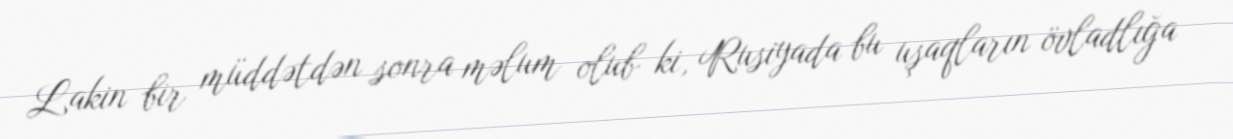
Lakin bir müddətdən sonra məlum olub ki, Rusiyada bu uşaqların övladlığa